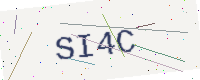
Text: SI4C